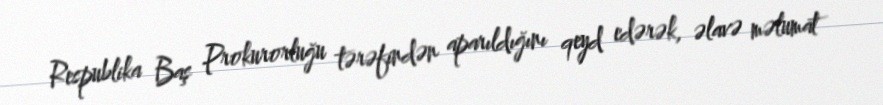
Respublika Baş Prokurorluğu tərəfindən aparıldığını qeyd edərək, əlavə məlumat